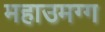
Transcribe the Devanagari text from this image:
महाउमग्ग